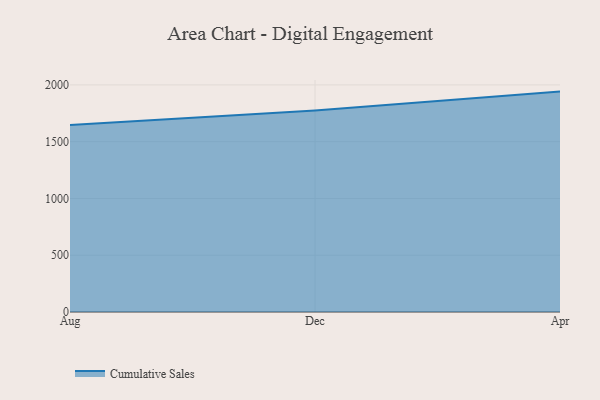
{"axis": {"x": "Month", "y": "Bounce Rate (%)"}, "legend": ["Cumulative Sales"], "data": [{"x": "Aug", "y": 1646.1, "type": "Cumulative Sales"}, {"x": "Dec", "y": 1773.7, "type": "Cumulative Sales"}, {"x": "Apr", "y": 1941.2, "type": "Cumulative Sales"}]}